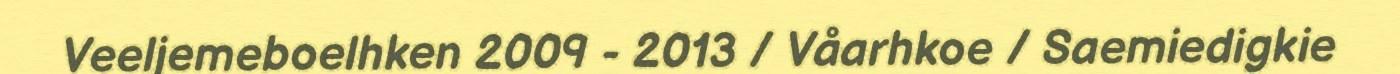
Veeljemeboelhken 2009 - 2013 / Våarhkoe / Saemiedigkie